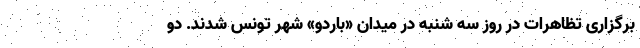
برگزاری تظاهرات در روز سه شنبه در میدان «باردو» شهر تونس شدند. دو